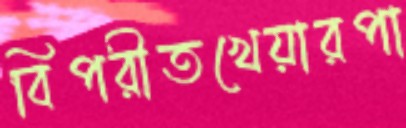
বিপরীতখেয়ারপা